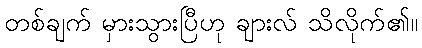
တစ်ချက် မှားသွားပြီဟု ချားလ် သိလိုက်၏။